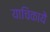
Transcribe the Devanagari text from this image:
याचिकायें